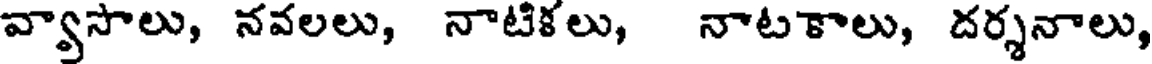
వ్వాసాలు, నవలలు, నాటికలు, నాటకాలు, దర్శనాలు,